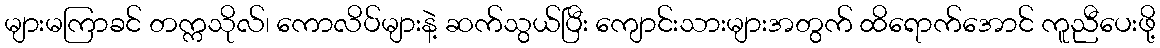
များမကြာခင် တက္ကသိုလ်၊ ကောလိပ်များနဲ့ ဆက်သွယ်ပြီး ကျောင်းသားများအတွက် ထိရောက်အောင် ကူညီပေးဖို့